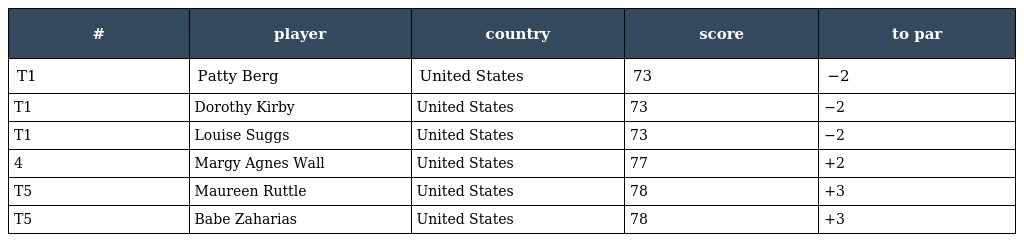
| # | player | country | score | to par |
 | --- | --- | --- | --- | --- |
 | T1 | Patty Berg | United States | 73 | −2 |
 | T1 | Dorothy Kirby | United States | 73 | −2 |
 | T1 | Louise Suggs | United States | 73 | −2 |
 | 4 | Margy Agnes Wall | United States | 77 | +2 |
 | T5 | Maureen Ruttle | United States | 78 | +3 |
 | T5 | Babe Zaharias | United States | 78 | +3 |